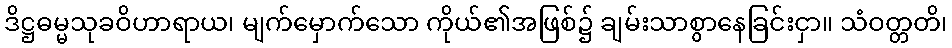
ဒိဋ္ဌဓမ္မသုခဝိဟာရာယ၊ မျက်မှောက်သော ကိုယ်၏အဖြစ်၌ ချမ်းသာစွာနေခြင်းငှာ။ သံဝတ္တတိ၊